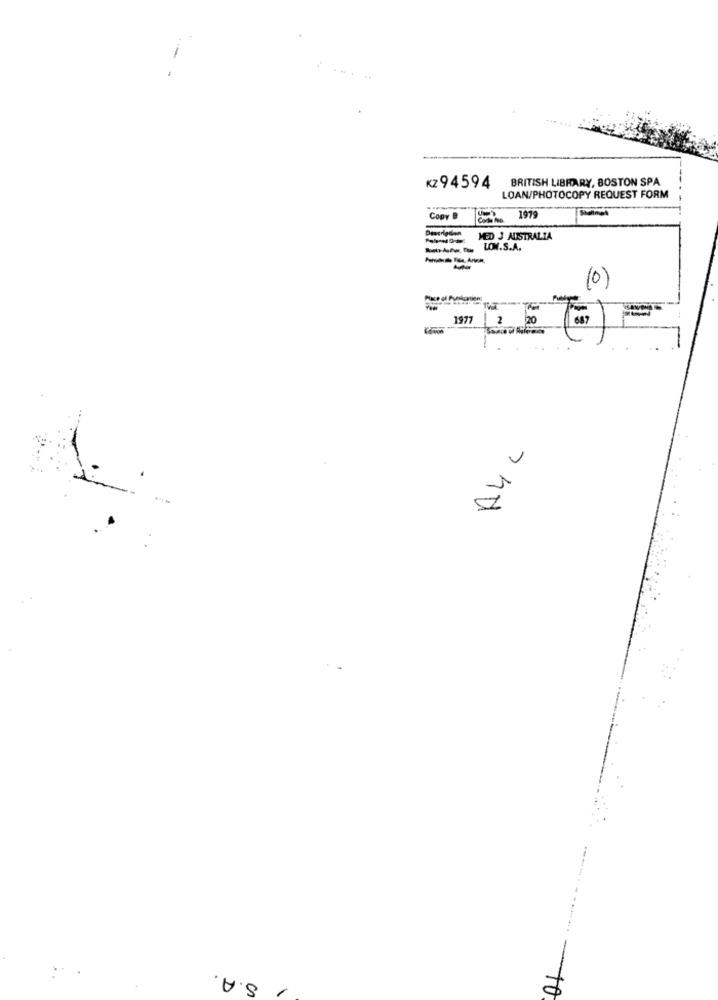
BRITISH LIBRARY, BOSTON SPA
Kz 94594
LOAN/PHOTOCOPY REQUEST FORM
Copy B
1979
MED J AUSTRALIA
LOW.S.A.
(0)
1977
20
687
A4 L
...
-
S.A.
1
10